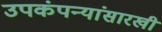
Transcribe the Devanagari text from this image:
उपकंपन्यांसारखी